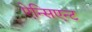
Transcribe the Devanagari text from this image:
ऐन्सिएन्ट